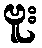
ဗူး